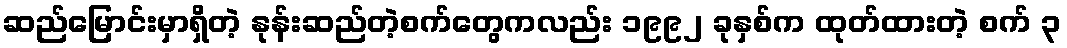
ဆည်မြောင်းမှာရှိတဲ့ နုန်းဆည်တဲ့စက်တွေကလည်း ၁၉၉၂ ခုနှစ်က ထုတ်ထားတဲ့ စက် ၃